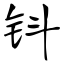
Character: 钭